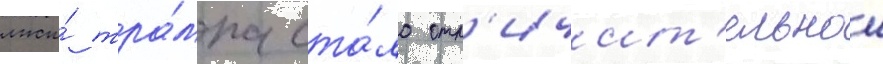
лжи́ тра́мпа ста́ло отл'ичит'ельнои